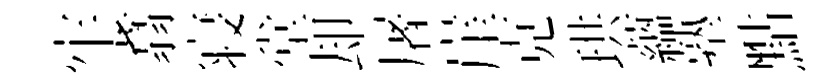
牢翥寝堂却屠崖克珙藴塾點